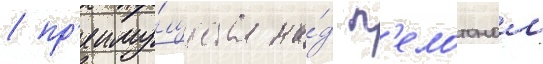
/ пр'еиму́щества на́д п'елотоном